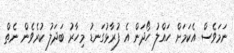
ނަމަވެސް އެކަމަށް ހައްލު ހޯދަން އެ ފުރާޅުގަނޑު މިހާރު ބަދަލު ކުރެވެން ނެތް